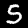
Digit: 5